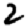
Digit: 2